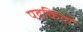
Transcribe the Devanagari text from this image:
पदकियों